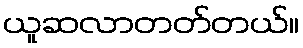
ယူဆလာတတ်တယ်။